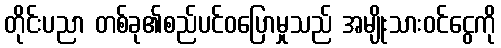
တိုင်းပညာ တစ်ခု၏စည်ပင်ဝပြောမှုသည် အမျိုးသားဝင်ငွေကို